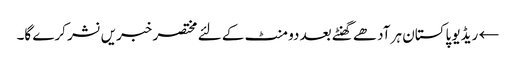
← ریڈیو پاکستان ہر آدھے گھنٹے بعد دو منٹ کے لئے مختصر خبریں نشر کرے گا۔